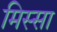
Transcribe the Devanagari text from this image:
मिस्सा